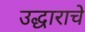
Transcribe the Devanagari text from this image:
उद्धाराचे